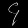
Digit: ၄